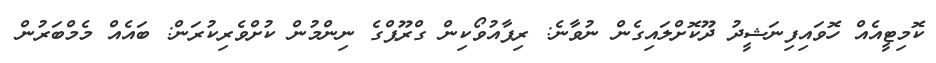
ކޮމިޓީއެއް ހޮވައިފިނަޝީދު ދޫކޮށްލައިގެން ނުވާނެ: ރިފާއުވޯކިން ގްރޫޕްގެ ނިންމުން ކުށްވެރިކުރަން: ބައެއް މެމްބަރުން